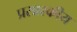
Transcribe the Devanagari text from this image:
प्रसाश्कीय